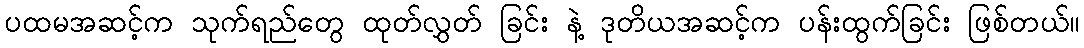
ပထမအဆင့်က သုက်ရည်တွေ ထုတ်လွှတ် ခြင်း နဲ့ ဒုတိယအဆင့်က ပန်းထွက်ခြင်း ဖြစ်တယ်။